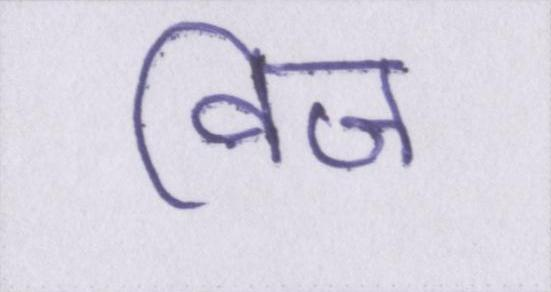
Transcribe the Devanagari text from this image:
विज